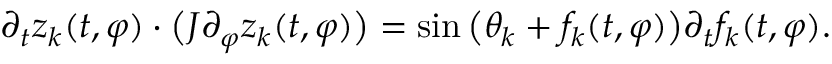
\partial _ { t } z _ { k } ( t , \varphi ) \cdot \big ( J \partial _ { \varphi } z _ { k } ( t , \varphi ) \big ) = \sin \big ( \theta _ { k } + f _ { k } ( t , \varphi ) \big ) \partial _ { t } f _ { k } ( t , \varphi ) .